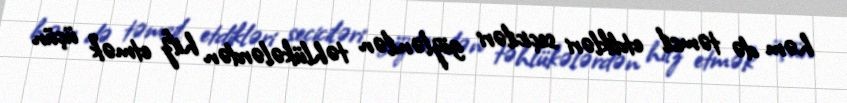
həm də təmsil etdikləri seçiciləri gözlənilən təhlükələrdən hifz etmək üçün